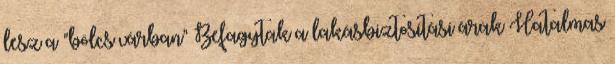
lesz a "bölcs várban" Befagytak a lakásbiztosítási árak Hatalmas